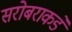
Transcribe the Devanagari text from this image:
सरोबराकडे